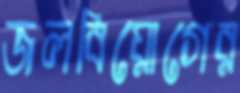
জলবিয়োগের